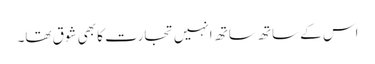
اس کے ساتھ ساتھ انہیں تجارت کا بھی شوق تھا۔